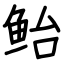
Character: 鲐